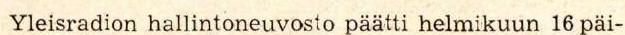
 Yleisradion hallintoneuvosto päätti helmikuun 16 päi-